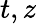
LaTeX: t,z